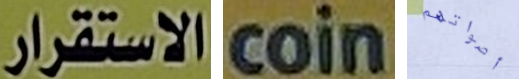
الاستقرار coin أصواتهم